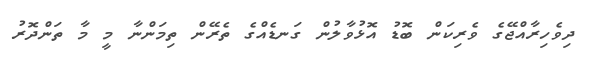
ދިވެހިރާއްޖޭގެ ވެރިކަން ބޮޑު އޮޅުވާލުން ގަނޑެއްގެ ތެރޭން ތިމަންނާ މީ މާ ތަންދޮރު